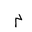
Letter: _mim